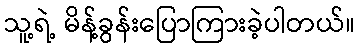
သူ့ရဲ့ မိန့်ခွန်းပြောကြားခဲ့ပါတယ်။